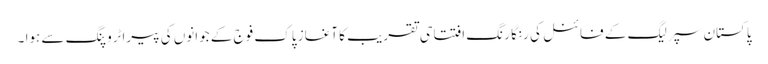
پاکستان سپر لیگ کے فائنل کی رنگا رنگ افتتاحی تقریب کا آغاز پاک فوج کے جوانوں کی پیراٹروپنگ سے ہوا ۔